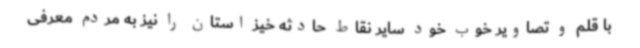
با قلم و تصاویر خوب خود سایر نقاط حادثه خیز استان را نیز به مردم معرفی